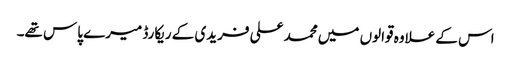
اس کے علاوہ قوالوں میں محمد علی فریدی کے ریکارڈ میرے پاس تھے۔